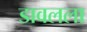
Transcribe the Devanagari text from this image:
डावलला